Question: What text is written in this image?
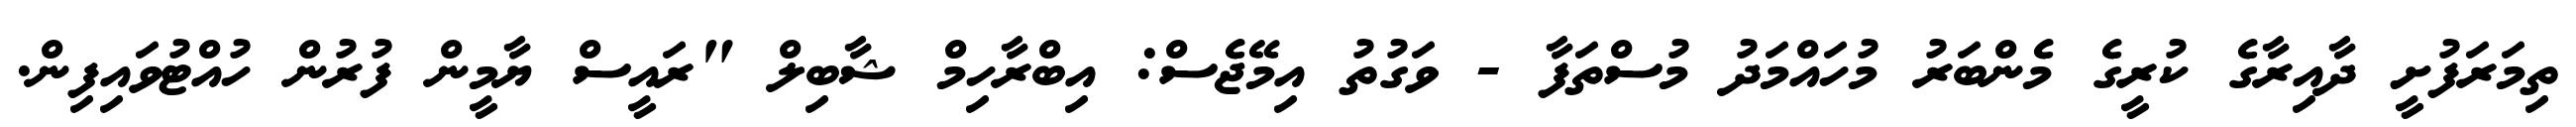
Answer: ތިމަރަފުށީ ދާއިރާގެ ކުރީގެ މެންބަރު މުހައްމަދު މުސްތަފާ - ވަގުތު އިމޭޖެސް: އިބްރާހިމް ޝާބިލް "ރައީސް ޔާމީން ފުރުން ހުއްޓުވައިފިން.